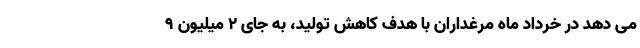
می دهد در خرداد ماه مرغداران با هدف کاهش تولید، به جای ۲ میلیون ۹